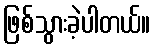
ဖြစ်သွားခဲ့ပါတယ်။